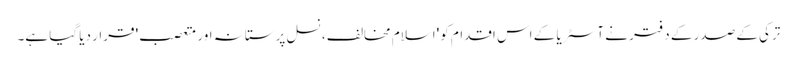
ترکی کے صدر کے دفتر نے آسٹریا کے اس اقدام کو 'اسلام مخالف، نسل پرستانہ اور متعصب' قرار دیا گیا ہے۔